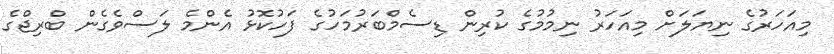
މިއަހަރުގެ ނިޔަލަށް މިއަހަރު ނިމުމުގެ ކުރިން ޑިސެމްބަރުމަހުގެ ފަހުކޮޅު އެންމެ ލަސްވެގެން ބްރިޖްގެ